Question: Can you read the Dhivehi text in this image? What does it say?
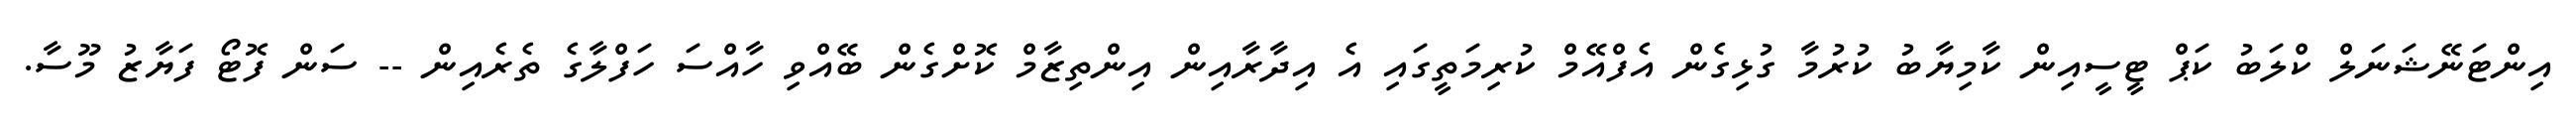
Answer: އިންޓަނޭޝަނަލް ކްލަބު ކަޕް ޓީސީއިން ކާމިޔާބު ކުރުމާ ގުޅިގެން އެފްއޭމް ކުރިމަތީގައި އެ އިދާރާއިން އިންތިޒާމް ކޮށްގެން ބޭއްވި ހާއްސަ ހަފްލާގެ ތެރެއިން -- ސަން ފޮޓޯ ފަޔާޒު މޫސާ.